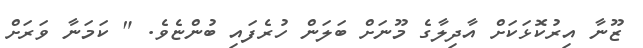
ޒޫނާ އިރުކޮޅަކަށް އާދިލާގެ މޫނަށް ބަލަން ހުރެފައި ބުންޏެވެ. " ކަމަނާ ވަރަށް